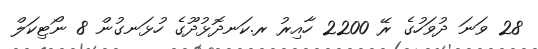
28 ވަނަ ދުވަހުގެ ރޭ 2200 ހާއިރު ރ.ކަނދޮޅުދޫގެ ހުޅަނގުން 8 ނޯޓިކަލް